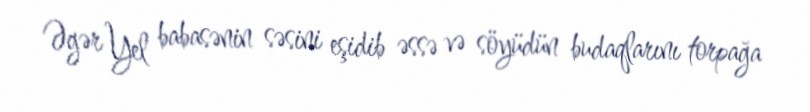
Əgər Yel babasənin səsini eşidib əssə və söyüdün budaqlarını torpağa